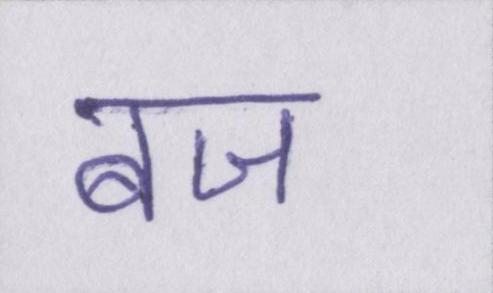
बज